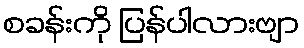
စခန်းကို ပြန်ပါလားဗျာ